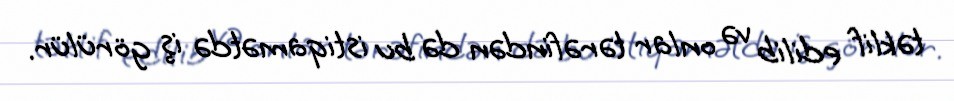
təklif edilib və onlar tərəfindən də bu istiqamətdə iş görülür.